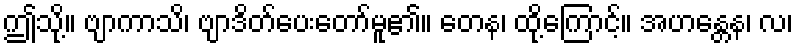
ဤသို့။ ဗျာကာသိ၊ ဗျာဒိတ်ပေးတော်မူ၏။ တေန၊ ထို့ကြောင့်။ အဟန္တေန၊ လ၊